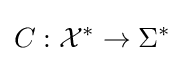
C:{\mathcal {X}}^{*}\to \Sigma ^{*}